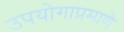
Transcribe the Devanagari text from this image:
उपयोगाप्रमाणे